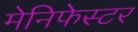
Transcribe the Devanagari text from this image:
मेनिफेस्टर